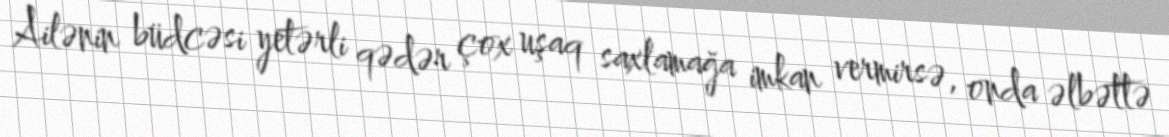
Ailənin büdcəsi yetərli qədər çox uşaq saxlamağa imkan vermirsə, onda əlbəttə